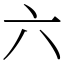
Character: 六